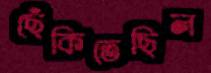
ছেঁকিতেছিল